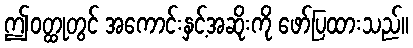
ဤဝတ္ထုတွင် အကောင်းနှင့်အဆိုးကို ဖော်ပြထားသည်။